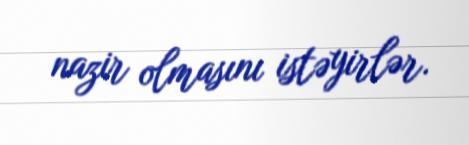
nazir olmasını istəyirlər.